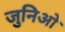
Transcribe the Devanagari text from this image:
जुनिओ